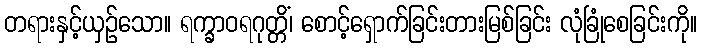
တရားနှင့်ယှဉ်သော။ ရက္ခာဝရဂုတ္တိံ၊ စောင့်ရှောက်ခြင်းတားမြစ်ခြင်း လုံခြုံစေခြင်းကို။